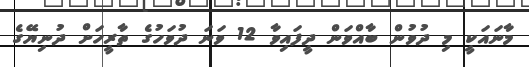
މާނައަކީ މި ދުވުން ބާއްވަން ދީފައިވާ 12 ވަނަ ދުވަހުގެ ތާރީހަށް ދުނިޔޭގެ